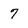
Character: 7